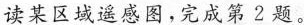
读某区域遥感图，完成第2题。